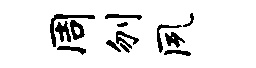
周刎夙